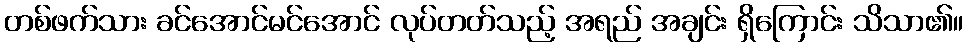
တစ်ဖက်သား ခင်အောင်မင်အောင် လုပ်တတ်သည့် အရည် အချင်း ရှိကြောင်း သိသာ၏။